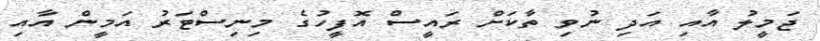
ޖަމީލު އާއި އަދި ނުވި ތާކަށް ރައީސް އޮފީހުގެ މިނިސްޓަރު އަމީން އާއި